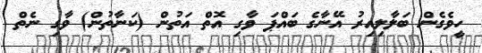
ހީވެގެން ބަލާލިއިރު އޭނާގެ ބައްޕަ ވާގި އޮތް އަތުން (ކަނާތުން) ވާގި ނެތް